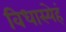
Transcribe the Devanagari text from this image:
विधास्येहं